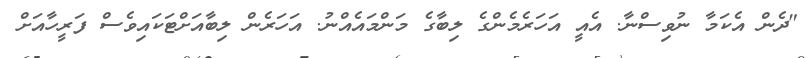
"ދެން އެކަމާ ނުވިސްނާ. އެއީ އަހަރެމެންގެ ލިބާގެ މަންމައެއްނު. އަހަރެން ލިބާއަށްޓަކައިވެސް ފަރީހާއަށް